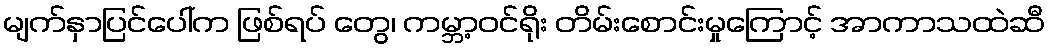
မျက်နှာပြင်ပေါ်က ဖြစ်ရပ် တွေ၊ ကမ္ဘာ့ဝင်ရိုး တိမ်းစောင်းမှုကြောင့် အာကာသထဲဆီ